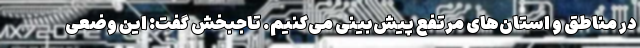
در مناطق و استان‌های مرتفع پیش‌بینی می‌کنیم. تاجبخش گفت: این وضعی